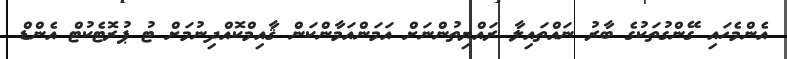
އެންމެހައި ގޭންގުތަކުގެ ބާރު ނައްތައިލާ ރައްޔިތުންނަށް އަމަންއަމާންކަން ޤާއިމްކޮއްދިނުމަށް ޓު ޕުރޮޓެކުޓް އެންޑް